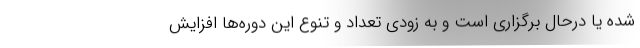
شده یا درحال برگزاری است و به زودی تعداد و تنوع این دوره‌ها افزایش